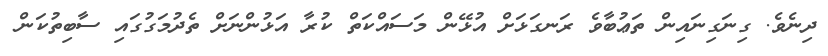
ދިނެވެ. ގިނަގިނައިން ތަޢުބާވެ ރަނގަޅަށް އުޅޭން މަސައްކަތް ކުރާ އަޅުންނަށް ތެދުމަގުގައި ސާބިތުކަން